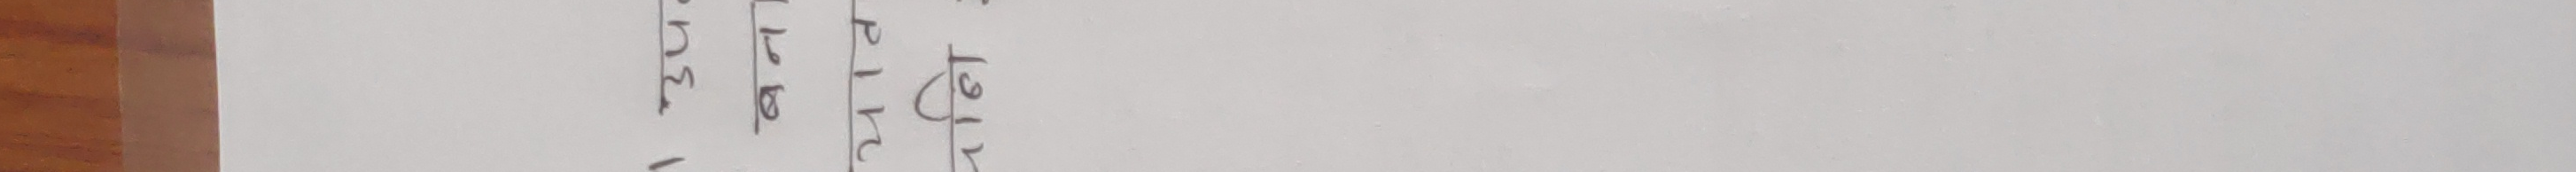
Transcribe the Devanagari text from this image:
१३५/- पेट्